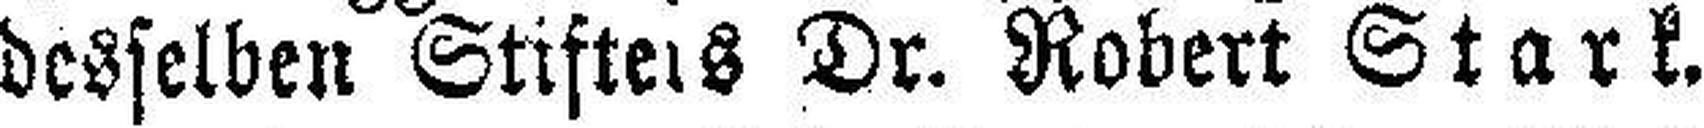
desselben Stifte###s Dr. Robert Stark.